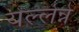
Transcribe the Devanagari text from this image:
येल्लेन्ने